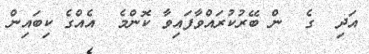
އަދި  ގެ  ން ބޭރުކުރައްވާފައިވާ ކޮންމެ  އެއްގެ ކިބައިން